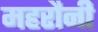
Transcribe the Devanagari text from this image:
महरौनी